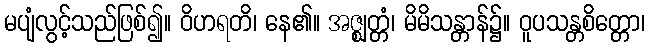
မပျံလွင့်သည်ဖြစ်၍။ ဝိဟရတိ၊ နေ၏။ အဇ္ဈတ္တံ၊ မိမိသန္တာန်၌။ ဝူပသန္တစိတ္တော၊